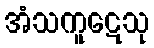
အံသကူဋေသု